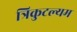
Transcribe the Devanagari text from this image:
त्रिकुटल्यम